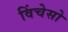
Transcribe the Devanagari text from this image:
विंचेसो